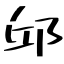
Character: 邱